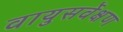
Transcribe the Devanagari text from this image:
वायुसर्वेक्षण